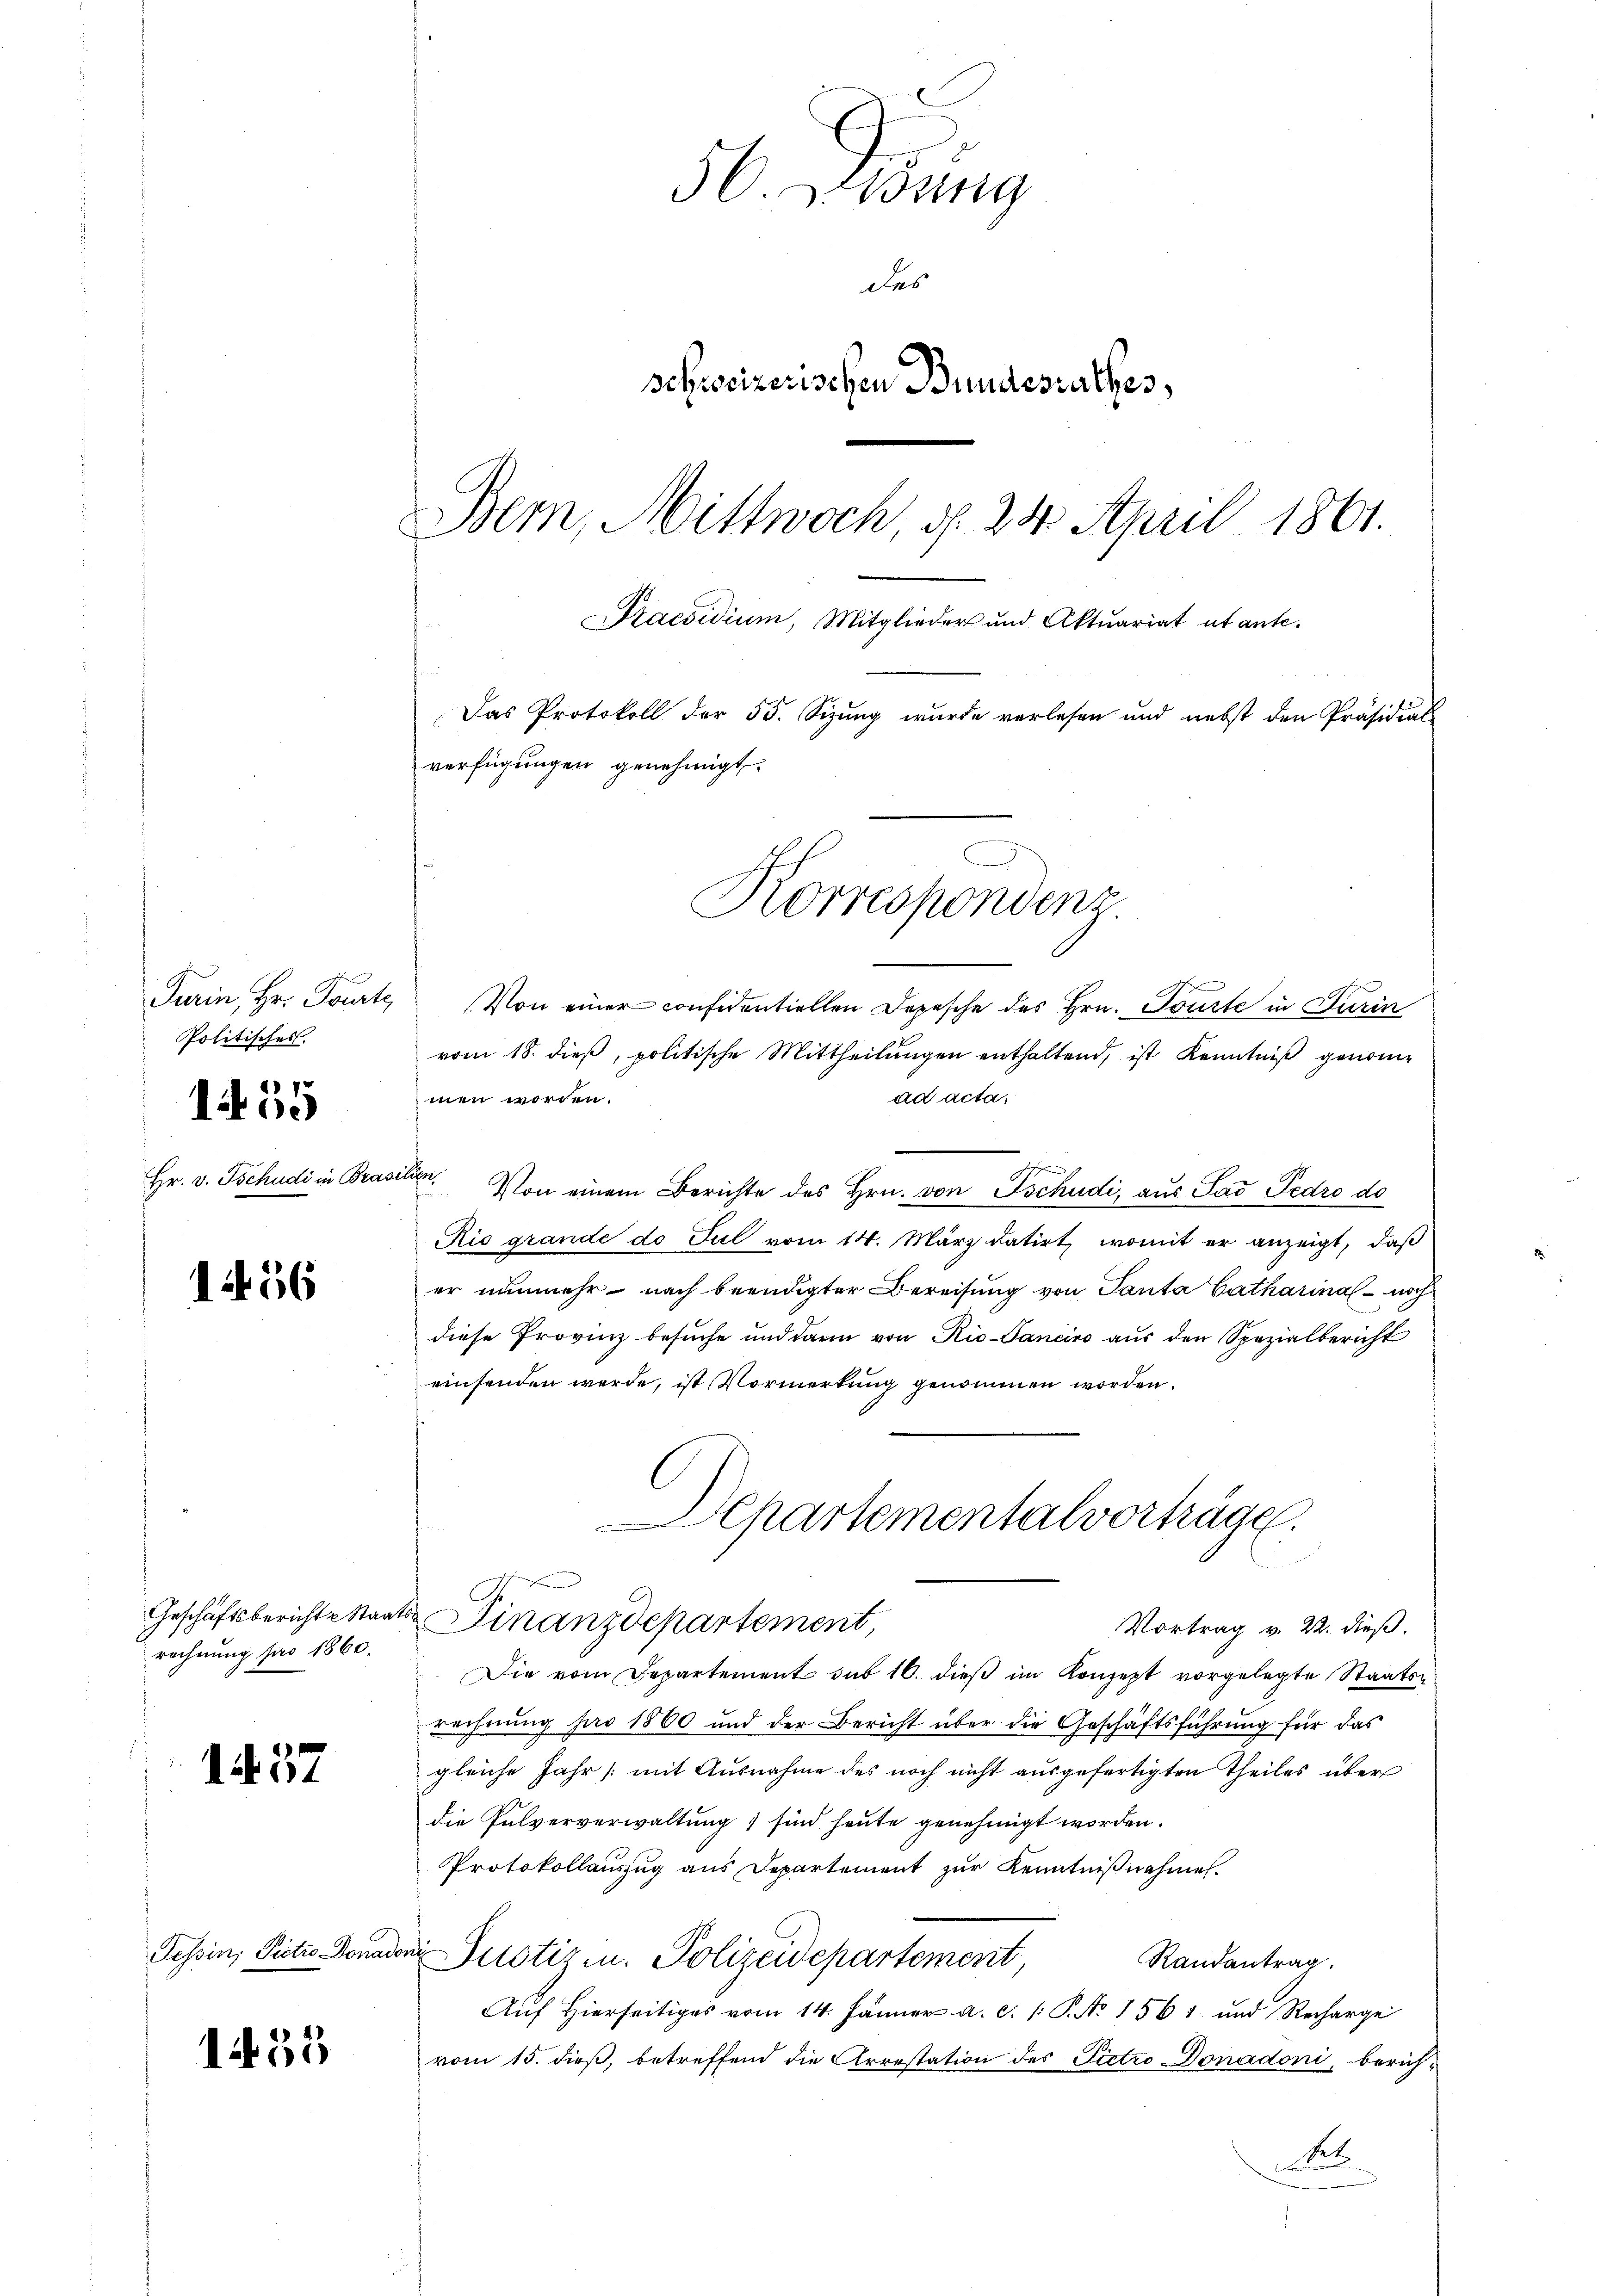
f
Turin, Hr. Tourte
Politisches.

1455

Hr. v. Tschudi in Bra

1456

Geschäftsbericht Staarechnung pro 1860.

157

Tessin; Pietro Donar

1453

50. Wildung
des
schrosizerischen Bundesrathes,
Bern, Mittwoch, d. 24. April 1861.
Praesidium, Mitglieder und Aktuariat ut ante-
Das Protokoll der 55. Sizung wurde verlesen und nebst den Präsidial-
verfügungen genehmigt.

Korrespondenz

Von einer confidentiellen Depesche des Hrn. Tourte in Turin
vom 18. dieß, politische Mittheilungen enthaltend, ist Kenntniß genommen worden.
ad acta,
s
un. Von einem Berichte des Hrn. von Tschudi aus Sad Fedro do
Rio grande do Jul vom 14. März datirt, womit er anzeigt, daß
er nunmehr nach beendigter Bereisung von Tanta Catharina - noch
diese Provinz besuche und darin von Rio-Janeiro aŭs den Spezialbericht
einsenden werde, ist Vormerkung genommen worden.
Finanzdepartement,
Vortrag v. 22. dieß.
Die vom Departement sub 16. dieß im Konzept vorgelegte Staaten
rechnung pro 1860 und der Bericht über die Geschäftsführung für das
gleiche Jahr (mit Ausnahme des noch nicht ausgefertigten Theiles über
die Pulververwaltung ; sind heute genehmigt worden.
Protokollauszug aus Departement zur Kenntnißnahmen.
Justiz u. Polizeidepartement,
Randantrag.
Auf hierseitiges vom 14. Jänner a. c. 1 S. Nr. 1561. und Recharge
vom 15. dieß, betreffend die Arrestation des Pietro Donadoni, berich¬
Net

Departementalverhäge.

2.